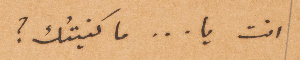
انت يا .... ما كنيتُك؟